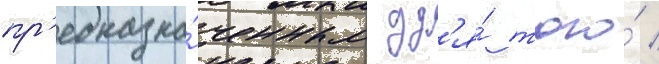
пр'едназна́ченным дл'я́ того́ /